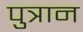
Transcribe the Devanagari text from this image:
पुत्रान